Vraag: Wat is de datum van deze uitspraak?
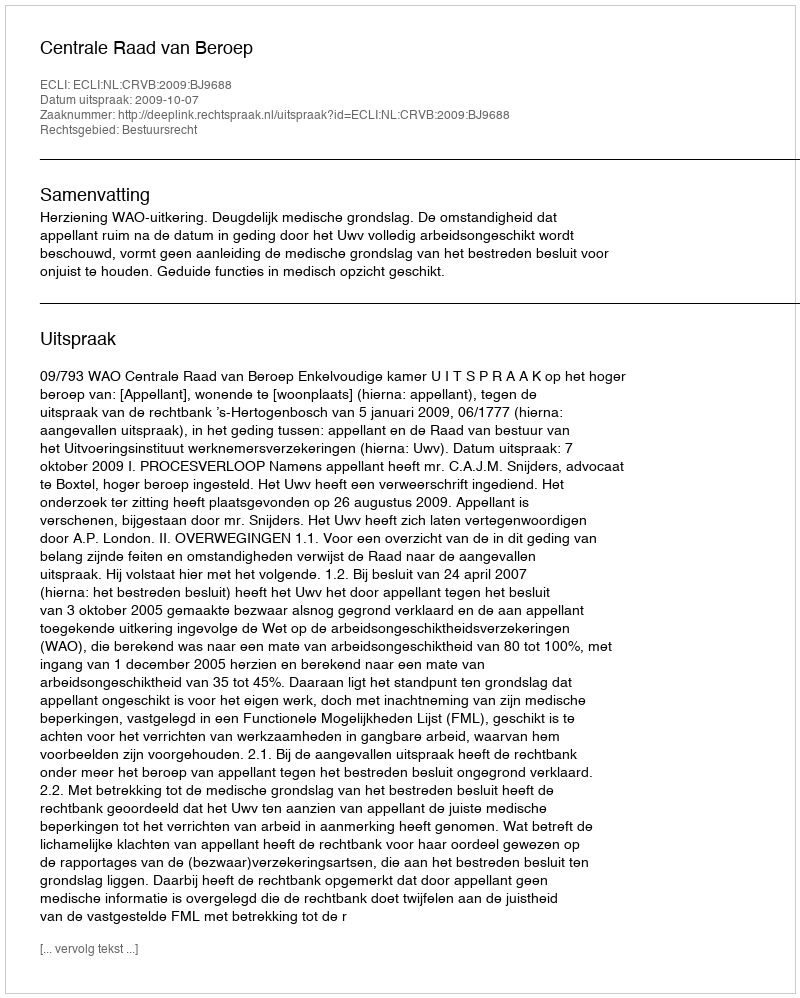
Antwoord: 2009-10-07